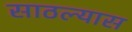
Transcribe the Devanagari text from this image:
साठल्यास